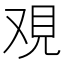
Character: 覌